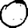
Digit: 0